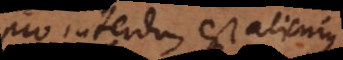
o interdum est alicujus